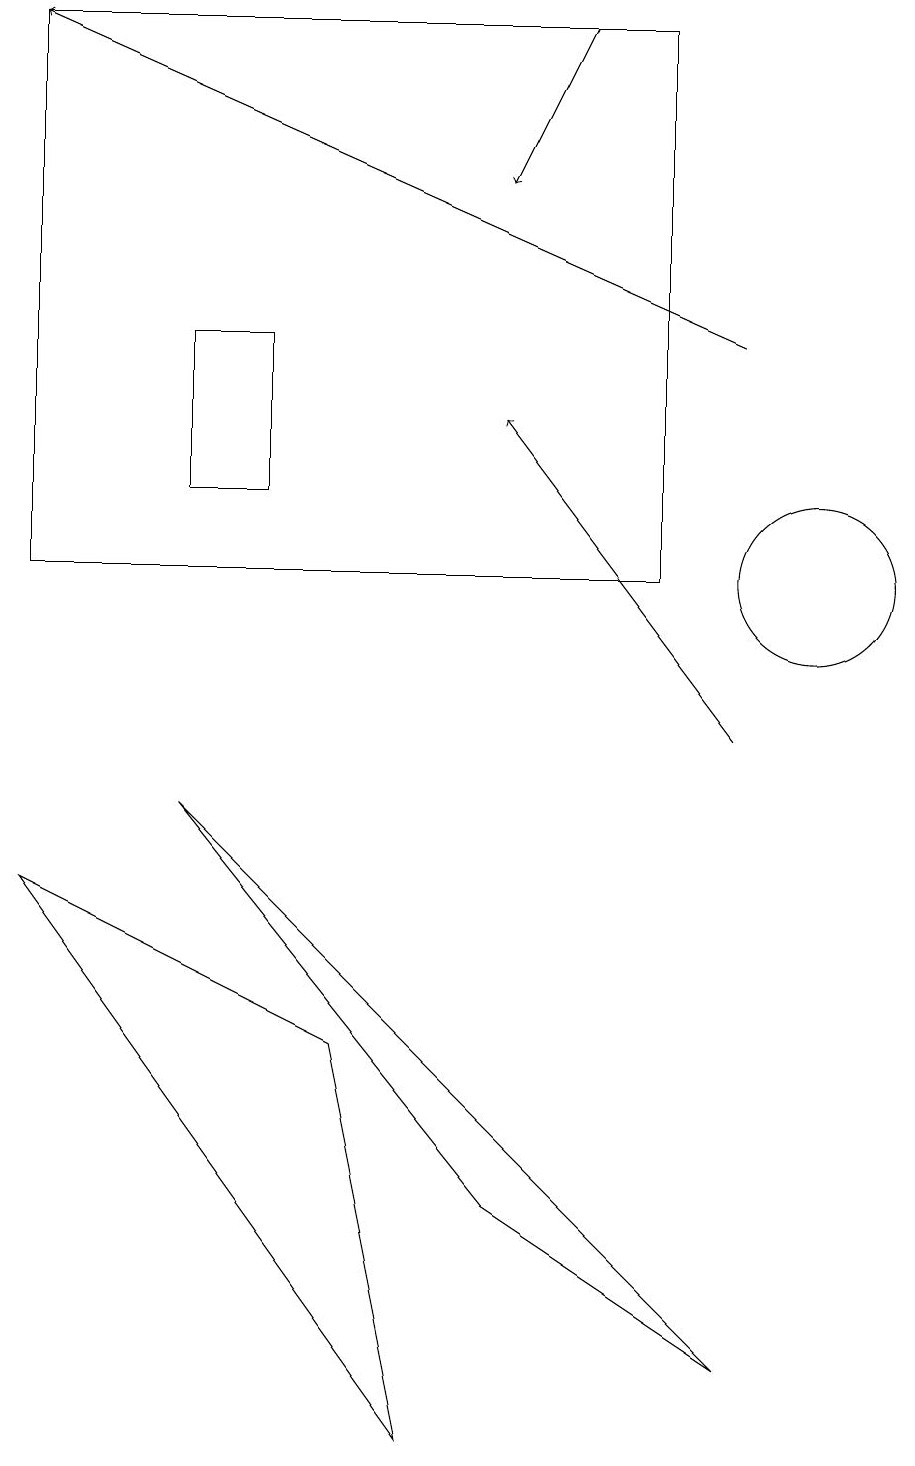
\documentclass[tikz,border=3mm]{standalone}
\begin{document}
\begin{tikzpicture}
\draw[->] (9,10) -- (6,14);
\draw (10,12) circle (1);
\draw[->] (9,15) -- (0,19);
\draw (2,15) rectangle (3,13);
\draw (4,6) -- (0,8) -- (5,1) -- cycle;
\draw[->] (7,19) -- (6,17);
\draw (6,4) -- (2,9) -- (9,2) -- cycle;
\draw (8,19) rectangle (0,12);
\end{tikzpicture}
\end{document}